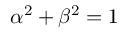
\alpha ^ { 2 } + \beta ^ { 2 } = 1